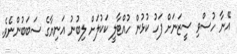
އޭނާ ހުސްވި ސީޒަނަށް ފަހު ކުޅުން ހުއްޓާލީ ކަކުލަށް ލިބުނު އަނިޔާގެ ސަބަބުންނެވެ.